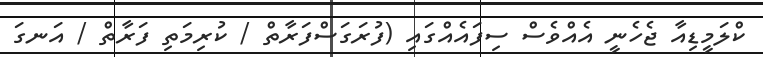
ކްލަމީޑިއާ ޖެހެނީ އެއްވެސް ސިފައެއްގައި (ފުރަގަސްފަރާތް / ކުރިމަތި ފަރާތް / އަނގަ